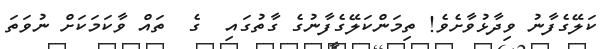
ކަލޭގެފާނު ވިދާޅުވާށެވެ! ތިމަންކަލޭގެފާނުގެ ގާތުގައި  ގެ  ތައް ވާކަމަކަށް ނުވަތަ